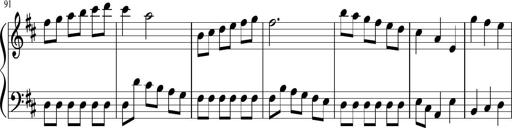
Title: Sonatine Nr.1 in C-Dur
Composer: DÃ©sirÃ©e Manns
Key: C major